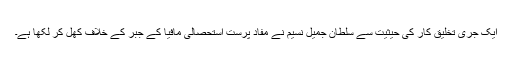
ایک جری تخلیق کار کی حیثیت سے سلطان جمیل نسیم نے مفاد پرست استحصالی مافیا کے جبر کے خلاف کھل کر لکھا ہے۔